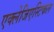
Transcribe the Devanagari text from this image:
एक्लेजिएस्टिकल